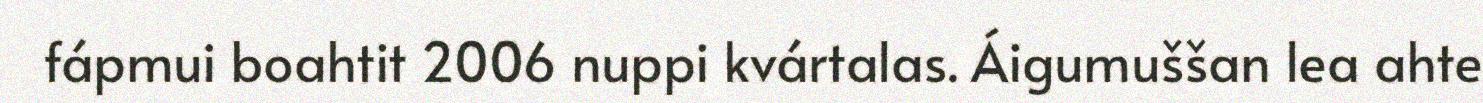
fápmui boahtit 2006 nuppi kvártalas. Áigumuššan lea ahte